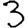
Digit: 3